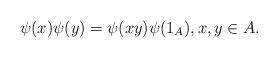
LaTeX: \begin{align*}\psi(x)\psi(y)=\psi(xy)\psi(1_A),x,y\in A.\end{align*}